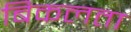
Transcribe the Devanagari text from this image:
बिकलता